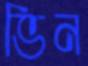
ভিন